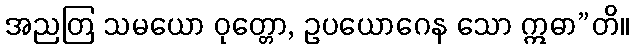
အညတြ သမယော ဝုတ္တော, ဥပယောဂေန သော ဣဓာ”တိ။